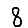
Digit: 8